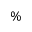
\%